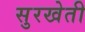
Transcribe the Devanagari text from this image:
सुरखेती